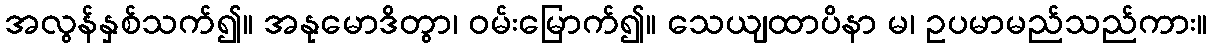
အလွန်နှစ်သက်၍။ အနုမောဒိတွာ၊ ဝမ်းမြောက်၍။ သေယျထာပိနာ မ၊ ဥပမာမည်သည်ကား။